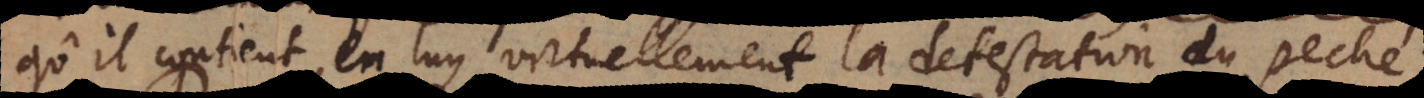
qu’il contient en luy virtuellement la detestation du peché.